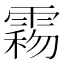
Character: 𩃻